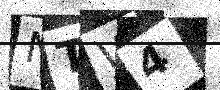
Text: NTW4